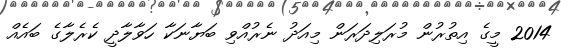
2014 މީގެ އިތުރުން މުރަލިދަރަން މިއަދު ނެރުއްވި ބަޔާނަކާ ހަވާލާދީ ކެރެލާގެ ބައެއް